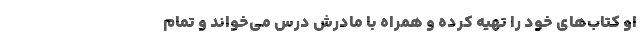
او کتاب‌های خود را تهیه کرده و همراه با مادرش درس می‌خواند و تمام